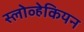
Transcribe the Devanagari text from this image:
स्लोव्हेकियन